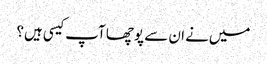
میں‌نے ان سے پوچھا آپ کیسی ہیں؟